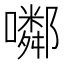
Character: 𡂰